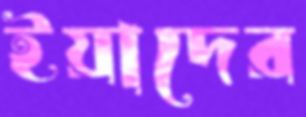
ইয়াদের